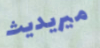
ميريديث